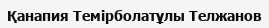
Қанапия Темірболатұлы Телжанов